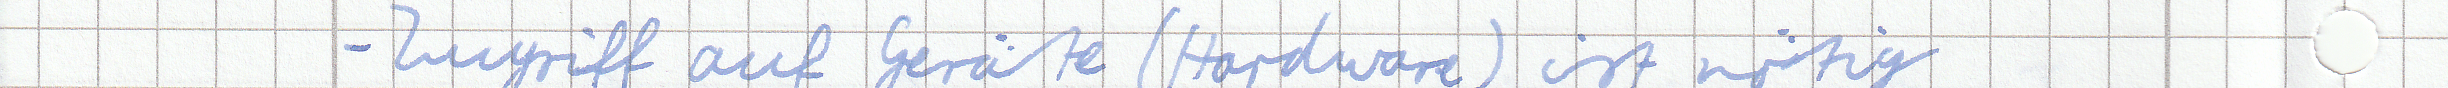
- Zugriff auf Geräte (Hardware) ist nötig